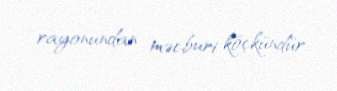
rayonundan məcburi köçkündür.